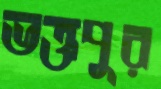
ভক্তপুর